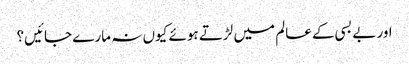
اور بے بسی کے عالم میں لڑتے ہوئے کیوں نہ مارے جائیں؟